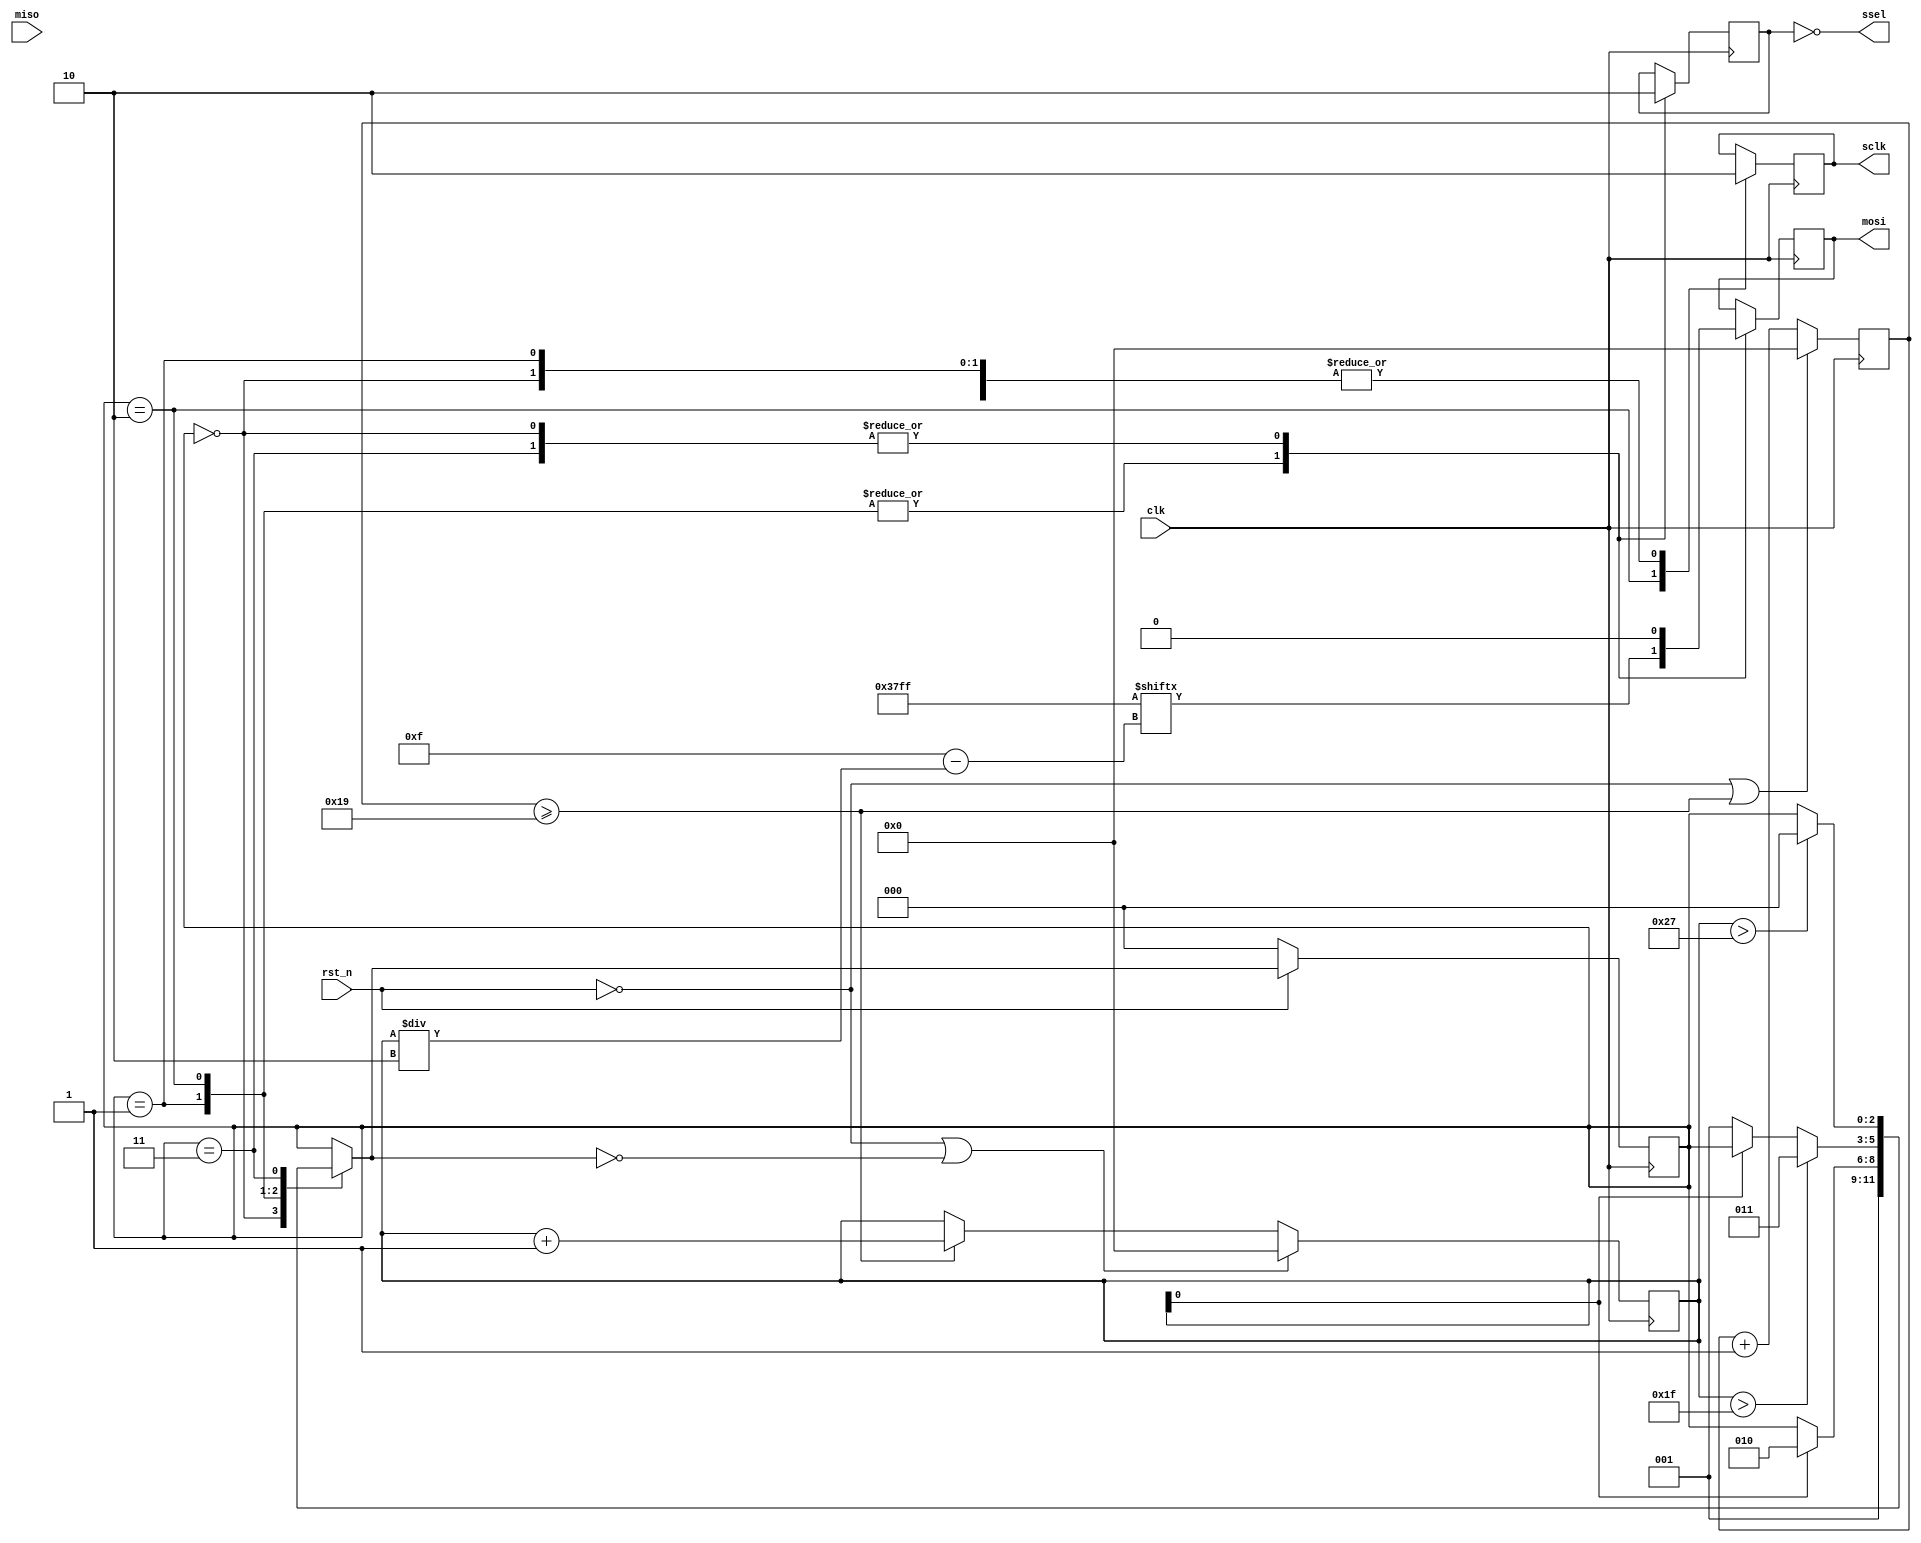
module spi_master(
input rst_n,
input clk,
output ssel,
output sclk,
output mosi,
input miso
);

localparam FRAME_LENGTH = 16; // length of a single transmission frame

wire [FRAME_LENGTH - 1 : 0] test_data = 16'h37FF;

reg [FRAME_LENGTH - 1 : 0] indata_d, indata_q;

reg ssel_d, ssel_q, sclk_d, sclk_q, mosi_d, mosi_q;

assign ssel = ~ssel_q;
assign sclk = sclk_q;
assign mosi = mosi_q;

localparam HALF_BIT = 25; // half bit duration in T_clk

localparam BACKOFF_DURATION = 4; // back off duration between transmissions (in half bits)

reg [7:0] cnt;
wire cnt_maxed = (cnt >= HALF_BIT);

// half bit duration counter
always @ (posedge clk)
begin
if (!rst_n || cnt_maxed)
	cnt = 0;
else
	cnt = cnt +1;
end

// half bit count
reg [7:0] half_bit_cnt;
always @ (posedge clk)
begin
if (!rst_n || (state_d == IDLE))
	half_bit_cnt = 0;
else
	if (cnt_maxed)
		half_bit_cnt = half_bit_cnt +1;
	else
		half_bit_cnt = half_bit_cnt;
end

localparam STATE_SIZE = 3;

localparam 	IDLE = 0, // module in idle
						HOLDOFF = 1, // holdoff time to allow data line to settle prior to sclk transition
						SUSTAIN = 2, // sustain data line level after sclk transition
						BACKOFF = 3; // back off duration between subsequent transmission

reg [STATE_SIZE-1:0] state_d, state_q;

wire txrq = 1; // transmission request
always @*
begin
// default assignments: keep value unless assigned differently (to prevent inferring latches)
state_d = state_q;
indata_d = indata_q;

ssel_d = ssel_q;
mosi_d = mosi_q;
sclk_d = sclk_q;

// state transitions
case(state_q)
	IDLE: 
	begin
	if(txrq)
		state_d = HOLDOFF; // start transmission
	end
	HOLDOFF:
	begin
	if(half_bit_cnt[0] == 1)
		state_d = SUSTAIN;
	end
	SUSTAIN:
	begin
	if(half_bit_cnt > ((FRAME_LENGTH - 1) * 2) + 1)
		state_d = BACKOFF;
	else if(half_bit_cnt[0] == 0)
		state_d = HOLDOFF;
	end
	BACKOFF:
	begin
	if(half_bit_cnt > ((FRAME_LENGTH - 1 + BACKOFF_DURATION) * 2) + 1)
		state_d = IDLE;
	end
endcase

// state behaviour
case(state_q)
	IDLE: 
	begin
		ssel_d = 0;
		mosi_d = 0;
		sclk_d = 0;
	end
	HOLDOFF:
	begin
		ssel_d = 1;
		mosi_d = test_data[(FRAME_LENGTH-1) - half_bit_cnt/2];
		sclk_d = 0;
	end
	SUSTAIN:
	begin
		ssel_d = 1;
		mosi_d = test_data[(FRAME_LENGTH-1) - half_bit_cnt/2];
		sclk_d = 1;
		indata_d[((FRAME_LENGTH-1) - half_bit_cnt)/2] = miso;
	end
	BACKOFF:
	begin
		ssel_d = 0;
		mosi_d = 0;
		sclk_d = 0;
	end
endcase
end

always @(posedge clk) begin
if (!rst_n) begin
	state_q <= IDLE;
end else begin
	state_q <= state_d;
end
	indata_q <= indata_d;
		ssel_q = ssel_d;
		mosi_q = mosi_d;
		sclk_q = sclk_d;
end

endmodule